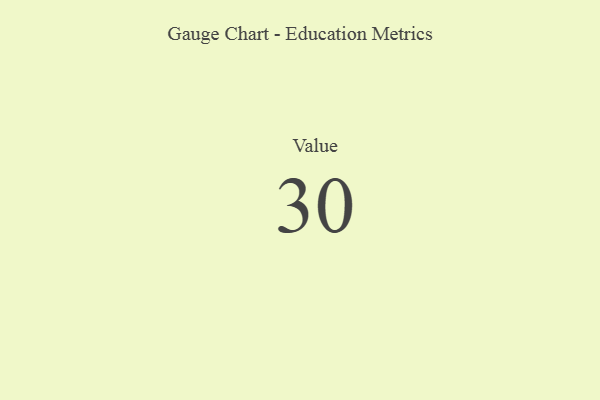
{"axis": {"x": "Metric", "y": "Value"}, "legend": [""], "data": [{"x": "Value", "y": 30, "type": ""}]}